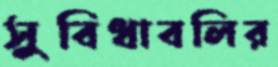
সুবিধাবলির